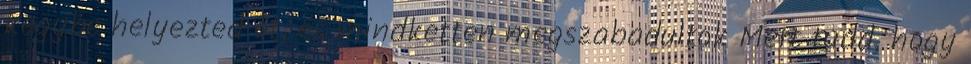
kegybe helyezted őt, és mindketten megszabadultok Mert tudd, hogy